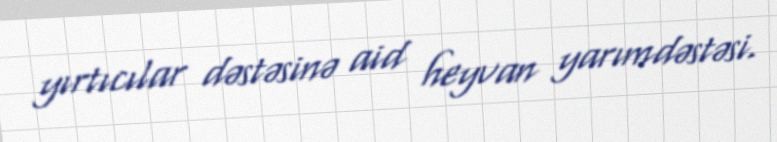
yırtıcılar dəstəsinə aid heyvan yarımdəstəsi.